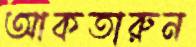
আকতারুন